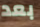
بعد